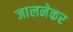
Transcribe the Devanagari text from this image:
जालनेकर